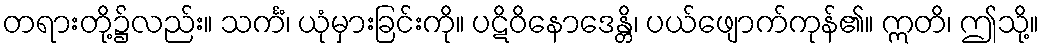
တရားတို့၌လည်း။ သင်္ကံ၊ ယုံမှားခြင်းကို။ ပဋိဝိနောဒေန္တိ၊ ပယ်ဖျောက်ကုန်၏။ ဣတိ၊ ဤသို့။